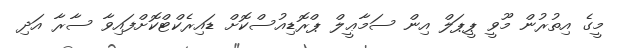
މީގެ އިތުރުން މޫވީ ޕީޕަލް އިން ސަމާޢީލް ޕްރޮޑިއުސްކޮށް ޑައިރެކްޓްކޮށްފައިވާ ސާރާ އަދި